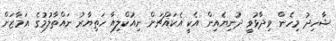
ޝާހިދު މިހެން ވިދާޅުވީ ދުނިޔެއިން އެކީ އެކައްޗަށް ނިއުކްލިއާ ހަތިޔާރު ނައްތާލުމުގެ އަމާޒަށް